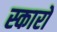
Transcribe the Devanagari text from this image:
स्कारो